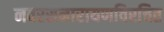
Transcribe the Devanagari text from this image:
नवरसनारायणविरचित